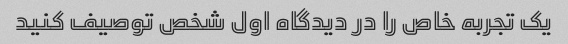
یک تجربه خاص را در دیدگاه اول شخص توصیف کنید